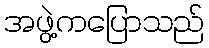
အဖွဲ့ကပြောသည်